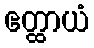
ဧတ္ထာယံ